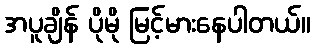
အပူချိန် ပိုမို မြင့်မားနေပါတယ်။